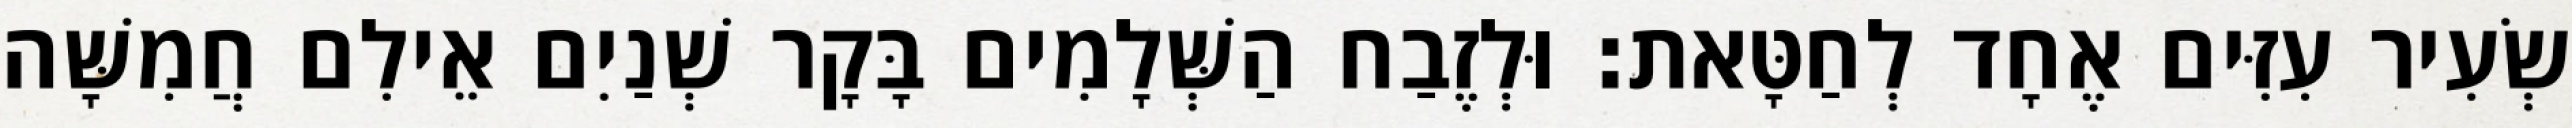
שְׂעִיר עִזִּים אֶחָד לְחַטָּאת׃ וּלְזֶבַח הַשְּׁלָמִים בָּקָר שְׁנַיִם אֵילִם חֲמִשָּׁה